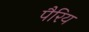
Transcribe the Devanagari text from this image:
पैरिय